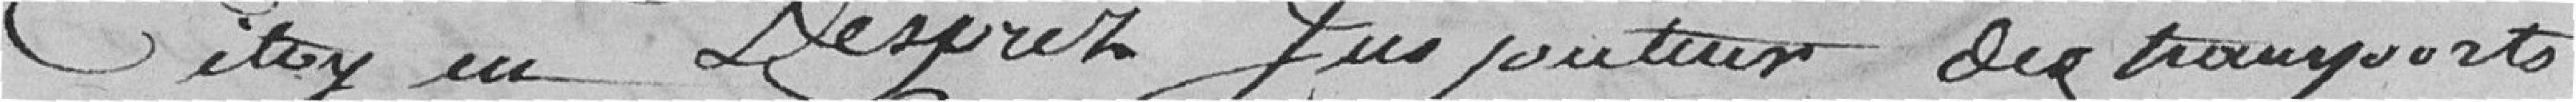
citoyen Desprez Jus pouteux des transports